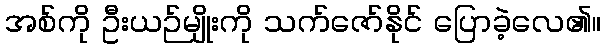
အစ်ကို ဦးယဉ်မျိုးကို သက်ဇော်နိုင် ပြောခဲ့လေ၏။